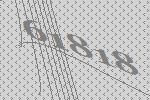
61818